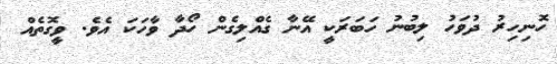
ހޮނިހިރު ދުވަހު ލިބުނު ހަބަރަކީ އޭނާ ގެއްލިގެން ހޯދާ ވާހަކަ އެވެ. ވީގޮތެއް